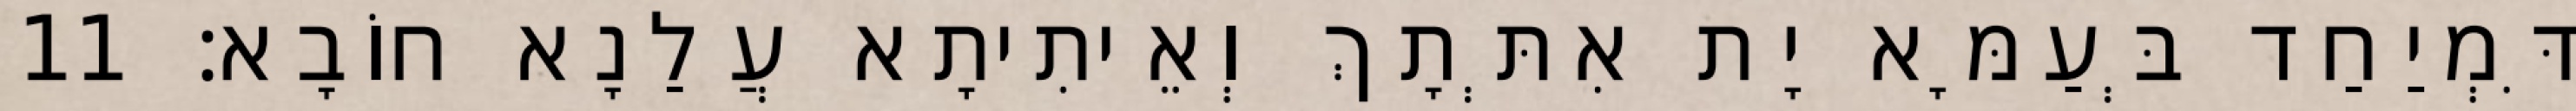
דִּמְיַחַד בְּעַמָּא יָת אִתְּתָךְ וְאֵיתִיתָא עֲלַנָא חוֹבָא׃ 11